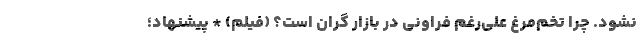
نشود. چرا تخم‌مرغ علی‌رغم فراونی در بازار گران است؟ (فیلم) * پیشنهاد؛